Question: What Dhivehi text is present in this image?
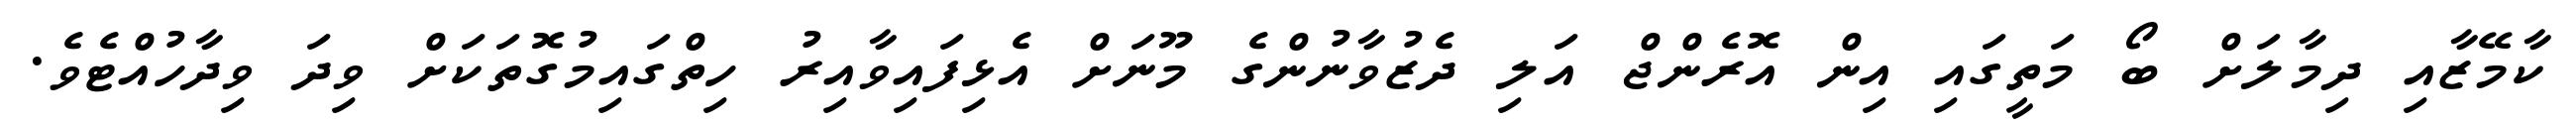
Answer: ކާމޭޒާއި ދިމާލަށް ބޯ މަތީގައި އިން އޮރެންޖް އަލި ދެޒުވާނުންގެ މޫނަށް އެޅިފައިވާއިރު ހިތްގައިމުގޮތަކަށް ވިދަ ވިދާހުއްޓެވެ.